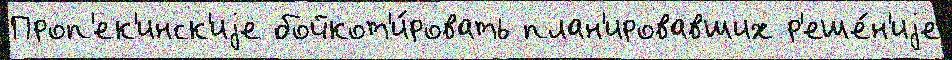
Проп'ек'инск'иjе бойкот'и́ровать план'ировавших р'еше́н'иjе